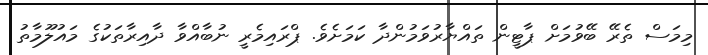
މިމަސް ތެރޭ ބޭވުމަށް ޕާޓީން ތައްޔާރުވަމުންދާ ކަމަށެވެ. ޕްރައިމެރީ ނުބާއްވާ ދާއިރާތަކުގެ މައުލޫމާތު